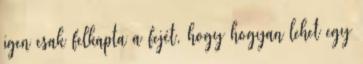
igen csak felkapta a fejét, hogy hogyan lehet egy